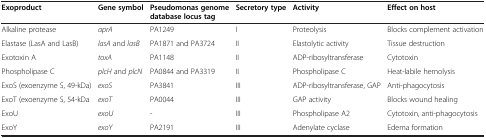
<table><thead><tr><td><b>Exoproduct</b></td><td><b>Gene symbol</b></td><td><b>Pseudomonas genome database locus tag</b></td><td><b>Secretory type</b></td><td><b>Activity</b></td><td><b>Effect on host</b></td></tr></thead><tbody><tr><td>Alkaline protease</td><td><i>aprA</i></td><td>PA1249</td><td>I</td><td>Proteolysis</td><td>Blocks complement activation</td></tr><tr><td>Elastase (LasA and LasB)</td><td><i>lasA</i> and <i>lasB</i></td><td>PA1871 and PA3724</td><td>II</td><td>Elastolytic activity</td><td>Tissue destruction</td></tr><tr><td>Exotoxin A</td><td><i>toxA</i></td><td>PA1148</td><td>II</td><td>ADP-ribosyltransferase</td><td>Cytotoxin</td></tr><tr><td>Phospholipase C</td><td><i>plcH</i> and <i>plcN</i></td><td>PA0844 and PA3319</td><td>II</td><td>Phospholipase C</td><td>Heat-labile hemolysis</td></tr><tr><td>ExoS (exoenzyme S, 49-kDa)</td><td><i>exoS</i></td><td>PA3841</td><td>III</td><td>ADP-ribosyltransferase, GAP</td><td>Anti-phagocytosis</td></tr><tr><td>ExoT (exoenzyme S, 54-kDa</td><td><i>exoT</i></td><td>PA0044</td><td>III</td><td>GAP activity</td><td>Blocks wound healing</td></tr><tr><td>ExoU</td><td><i>exoU</i></td><td>-</td><td>III</td><td>Phospholipase A2</td><td>Cytotoxin, anti-phagocytosis</td></tr><tr><td>ExoY</td><td><i>exoY</i></td><td>PA2191</td><td>III</td><td>Adenylate cyclase</td><td>Edema formation</td></tr></tbody></table>